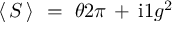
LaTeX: \langle \, S \, \rangle ~ = ~ { \o { \theta } { 2 \pi } } \, + \, \mathrm { i } { \o { 1 } { g ^ { 2 } } }